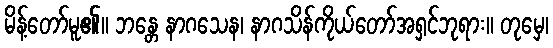
မိန့်တော်မူ၏။ ဘန္တေ နာဂသေန၊ နာဂသိန်ကိုယ်တော်အရှင်ဘုရား။ တုမှေ၊